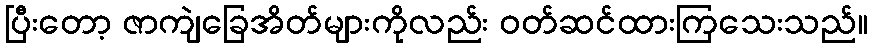
ပြီးတော့ ဇာကျဲခြေအိတ်များကိုလည်း ဝတ်ဆင်ထားကြသေးသည်။